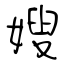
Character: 嫂